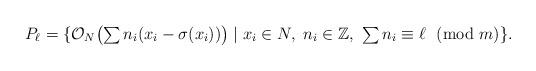
LaTeX: \begin{align*} P_\ell=\{\textstyle \mathcal{O}_N\bigl(\sum n_i(x_i-\sigma(x_i))\bigr)\mid x_i\in N,\ n_i\in\mathbb{Z},\ \sum n_i \equiv \ell\ \ (\mbox{mod}\ m)\}. \end{align*}